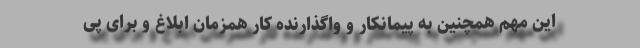
این مهم همچنین به پیمانکار و واگذارنده کار همزمان ابلاغ و برای پی